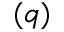
( q )